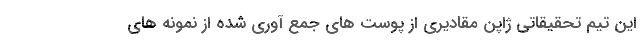
این تیم تحقیقاتی ژاپن مقادیری از پوست های جمع آوری شده از نمونه های